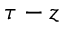
\tau - z